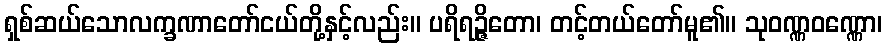
ရှစ်ဆယ်သောလက္ခဏာတော်ငယ်တို့နှင့်လည်း။ ပရိရဉ္ဇိတော၊ တင့်တယ်တော်မူ၏။ သုဝဏ္ဏဝဏ္ဏော၊